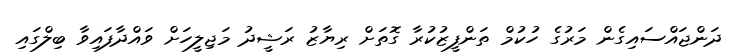
ދަންޖައްސައިގެން މަރުގެ ހުކުމް ތަންފީޒުކުރާ ގޮތަށް ރިޔާޒު ރަޝީދު މަޖިލީހަށް ވައްދާފައިވާ ބިލްގައި